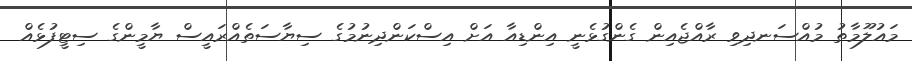
މައުލޫމާތު މުއްސަނދިވި ރާއްޖެއިން ގެންގުޅެނީ އިންޑިއާ އަށް އިސްކަންދިނުމުގެ ސިޔާސަތެއްރައީސް ޔާމީންގެ ސިޓީފުޅެއް